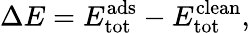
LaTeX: \Delta E=E_{\mathrm{tot}}^{\mathrm{ads}}-E_{\mathrm{tot}}^{\mathrm{clean}},